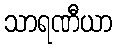
သာရဏီယာ